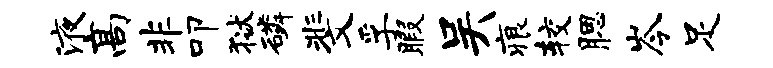
液高非叩狱磷斐孚暇吴痕较腮岑足